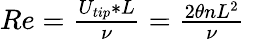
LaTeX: \begin{array}{r}{Re=\frac{U_{tip}*L}{\nu}=\frac{2\theta nL^{2}}{\nu}\; }\end{array}